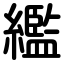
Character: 繿